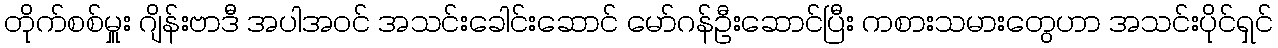
တိုက်စစ်မှူး ဂျိန်းဗာဒီ အပါအဝင် အသင်းခေါင်းဆောင် မော်ဂန်ဦးဆောင်ပြီး ကစားသမားတွေဟာ အသင်းပိုင်ရှင်